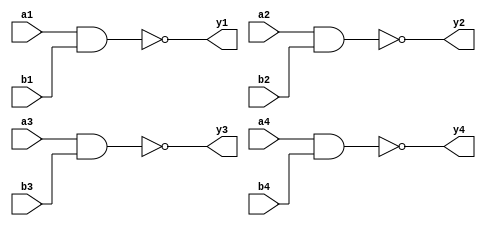
`timescale 1ns / 1ps
/////////////////////////////////////////////////////////////////
// Module Name: four_2_input_nand_gate
// Description: Four 2-input NAND gate with DELAY configuration parameter
//  Parameters: DELAY
/////////////////////////////////////////////////////////////////

module four_2_input_nand_gate #(parameter DELAY = 10)(
    input wire a1,b1,a2,b2,a3,b3,a4,b4,
    output wire y1,y2,y3,y4
    );
    
    nand #DELAY (y1,a1,b1);
    nand #DELAY (y2,a2,b2);
    nand #DELAY (y3,a3,b3);
    nand #DELAY (y4,a4,b4);
    
endmodule